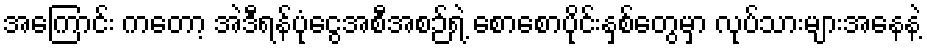
အကြောင်း ကတော့ အဲဒီရန်ပုံငွေအစီအစဉ်ရဲ့ စောစောပိုင်းနှစ်တွေမှာ လုပ်သားများအနေနဲ့